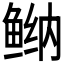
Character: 𱇴